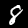
Digit: 8